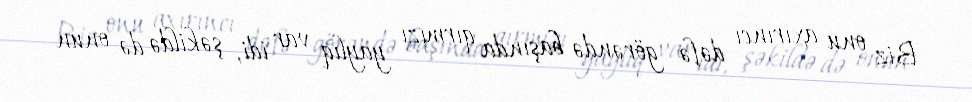
Biz onu axırıncı dəfə görəndə başında qırmızı yaylıq var idi, şəkildə də onun